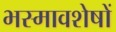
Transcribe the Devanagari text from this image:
भस्मावशेषों